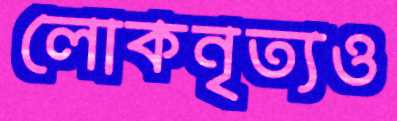
লোকনৃত্যও